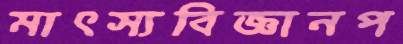
মাৎস্যবিজ্ঞানপ